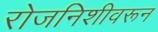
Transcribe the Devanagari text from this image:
रोजनिशीवरून